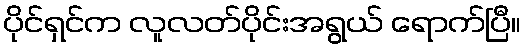
ပိုင်ရှင်က လူလတ်ပိုင်းအရွယ် ရောက်ပြီ။